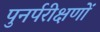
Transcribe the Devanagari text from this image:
पुनर्परीक्षणों